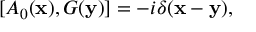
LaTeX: [ A _ { 0 } ( { \bf x } ) , G ( { \bf y } ) ] = - i \delta ( { \bf x - y } ) ,